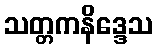
သတ္တကနိဒ္ဒေသ